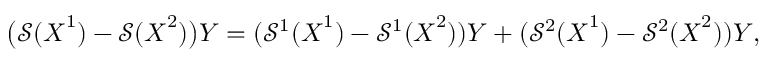
\begin{array} { r } { \big ( \mathcal { S } ( \boldsymbol { X } ^ { 1 } ) - \mathcal { S } ( \boldsymbol { X } ^ { 2 } ) \big ) \boldsymbol { Y } = ( \mathcal { S } ^ { 1 } ( \boldsymbol { X } ^ { 1 } ) - \mathcal { S } ^ { 1 } ( \boldsymbol { X } ^ { 2 } ) ) \boldsymbol { Y } + ( \mathcal { S } ^ { 2 } ( \boldsymbol { X } ^ { 1 } ) - \mathcal { S } ^ { 2 } ( \boldsymbol { X } ^ { 2 } ) ) \boldsymbol { Y } , } \end{array}